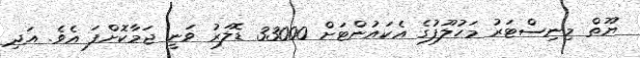
ޔޫތް މިނިސްޓަރު މަހުލޫފުގެ އެކައުންޓަށް 33000 ޑޮލަރު ވަނީ ޖަމާކޮށްފަ އެވެ. އަދި